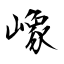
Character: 嶑